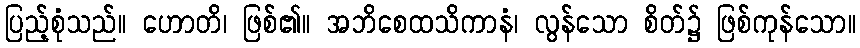
ပြည့်စုံသည်။ ဟောတိ၊ ဖြစ်၏။ အဘိစေထသိကာနံ၊ လွန်သော စိတ်၌ ဖြစ်ကုန်သော။